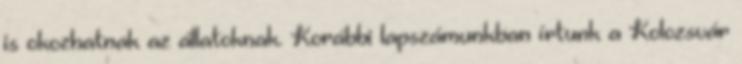
is okozhatnak az állatoknak. Korábbi lapszámunkban írtunk a Kolozsvár